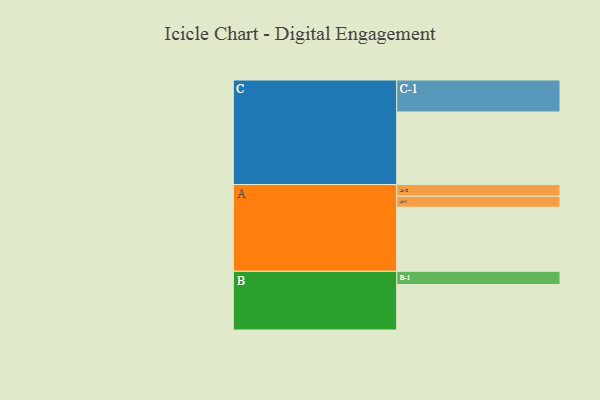
{"axis": {"x": "Segment", "y": "Value"}, "legend": ["", "A", "B", "C"], "data": [{"x": "A", "y": 516, "type": ""}, {"x": "B", "y": 366, "type": ""}, {"x": "C", "y": 584, "type": ""}, {"x": "A-1", "y": 88, "type": "A"}, {"x": "A-2", "y": 94, "type": "A"}, {"x": "B-1", "y": 106, "type": "B"}, {"x": "C-1", "y": 257, "type": "C"}]}